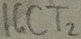
Text: IGCT2